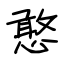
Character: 憨